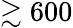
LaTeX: \gtrsim 600